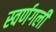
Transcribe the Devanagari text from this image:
स्वर्णगली